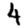
Digit: 4